Vaccination United Provinces of Agra and Oudh 1914-1922 - 1914-1922
Year: 1914
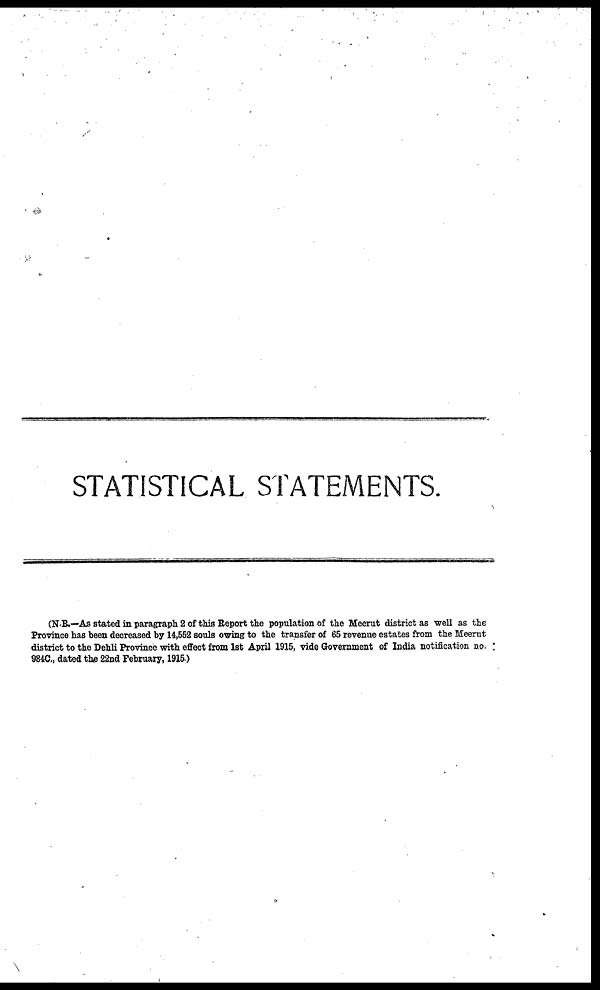
STATISTICAL STATEMENTS.
(N.B.—As stated in paragraph 2 of this Report the population of the Meerut district as well as the
Province has been decreased by 14,552 souls owing to the transfer of 65 revenue estates from the Meerut
district to the Dehli Province with effect from 1st April 1915, vide Government of India notification no.
984C., dated the 22nd February, 1915.)